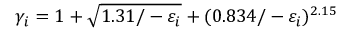
\gamma _ { i } = 1 + \sqrt { 1 . 3 1 / - \varepsilon _ { i } } + ( 0 . 8 3 4 / - \varepsilon _ { i } ) ^ { 2 . 1 5 }